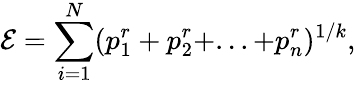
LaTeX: \mathcal{E}=\sum_{i=1}^{N}(p_{1}^{r}+p_{2}^{r}+...+p_{n}^{r})^{1/k},